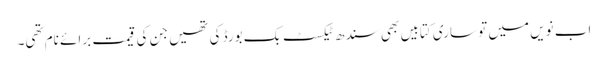
اب نویں میں تو ساری کتابیں بھی سندھ ٹیکسٹ بک بورڈ کی تھیں جن کی قیمت برائے نام تھی۔